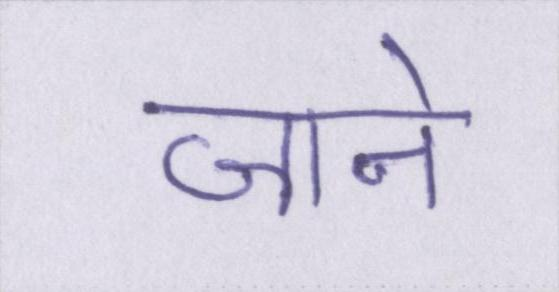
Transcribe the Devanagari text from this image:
जाने